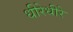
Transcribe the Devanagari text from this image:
धीरेधीरे